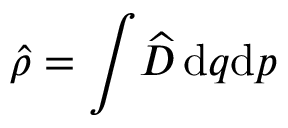
\hat { \rho } = \int \! \widehat { \cal D } \, \mathrm { d } q \mathrm { d } p